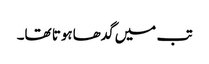
تب میں گدھاہوتا تھا۔